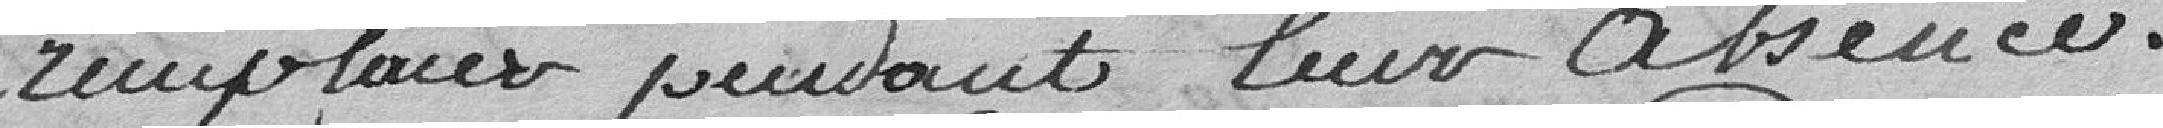
remplacer pendant leur absence